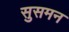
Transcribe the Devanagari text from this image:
सुसमन